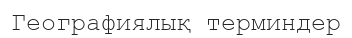
Географиялық терминдер